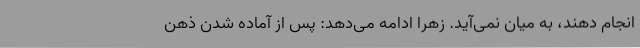
انجام دهند، به میان نمی‌آید. زهرا ادامه می‌دهد: پس از آماده شدن ذهن